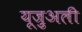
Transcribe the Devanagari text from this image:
यूज़ुअली